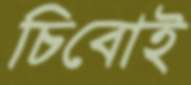
চিবোই